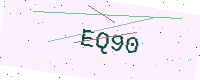
Text: EQ90